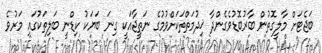
ބަޖެޓަށް މާލީގޮތުން ބާރުބޮޑުވެގެންދާ ޚިދުމަތްތަކަށްވުމުގެ ނަތީޖާއަކީ ގިނަ ބަޔަކު ކިޑްނީ ބަލިތަކުގައި މަރުވެ